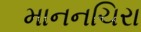
માનનચિરા